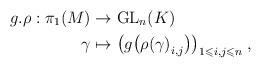
LaTeX: \begin{align*}g.\rho: \pi_1(M) & \rightarrow \mathrm{GL}_n(K) \\\gamma & \mapsto \big(g\big({\rho(\gamma)}_{i,j}\big)\big)_{1\leqslant i,j\leqslant n} \;,\end{align*}